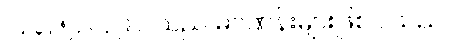
၁, ၃, ၅, ၇, ၉... သည် မဂဏန်းများဖြစ်ပါသည်။